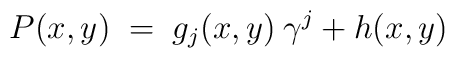
P(x,y) \;=\; g_j(x,y) \:\gamma^j + h(x,y)